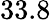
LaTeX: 33.8